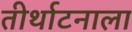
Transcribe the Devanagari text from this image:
तीर्थाटनाला